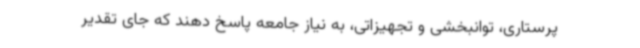
پرستاری، توانبخشی و تجهیزاتی، به نیاز جامعه پاسخ دهند که جای تقدیر